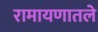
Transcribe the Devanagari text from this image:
रामायणातले